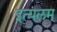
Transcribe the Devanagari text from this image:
इत्यलम्